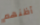
أظنهم